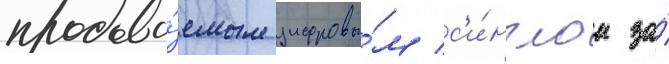
продава́емым цифровы́м с'и́нглом за́